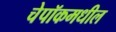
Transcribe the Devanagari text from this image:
चेपॉकमधील